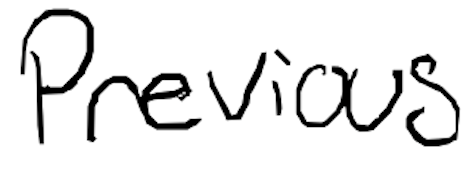
Text: previous
Cross-out: clean
Writing tool: digital_black